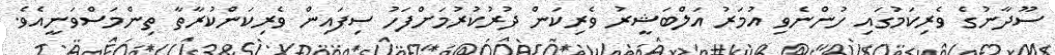
ސޫދާނުގެ ވެރިކަމުގައި ހުންނެވި އުމަރު އަލްބަޝީރު ވެރިކަން ދުރުކުރުމަށްފަހު ސިފައިން ވެރިކަންކުރާތާ ތިންމަސްވަނީއެވެ.